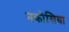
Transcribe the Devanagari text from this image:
नकोसिया